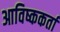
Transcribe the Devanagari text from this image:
आविष्ककर्ता